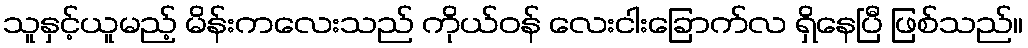
သူနှင့်ယူမည့် မိန်းကလေးသည် ကိုယ်ဝန် လေးငါးခြောက်လ ရှိနေပြီ ဖြစ်သည်။